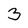
Character: 3